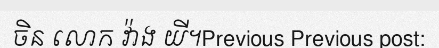
ចិន លោក វ៉ាង យី។Previous Previous post: